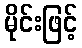
မိုင်းဖြင့်